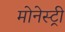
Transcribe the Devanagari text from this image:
मोनेस्‍ट्री